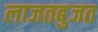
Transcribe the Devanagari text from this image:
लाजतबुजत